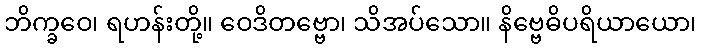
ဘိက္ခဝေ၊ ရဟန်းတို့။ ဝေဒိတဗ္ဗော၊ သိအပ်သော။ နိဗ္ဗေဓိပရိယာယော၊